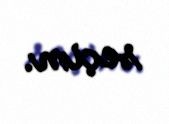
seçim.